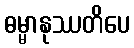
ဓမ္မာနုဿတိပေ